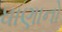
ધાણાનો